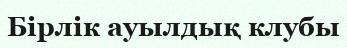
Бірлік ауылдық клубы